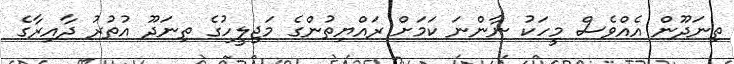
ތިނަދޫން އެއްވެސް މީހަކު ނާންނަ ކަމަށް ރައްޔިތުންގެ މަޖިލީހުގެ ތިނަދޫ އުތުރު ދާއިރާގެ